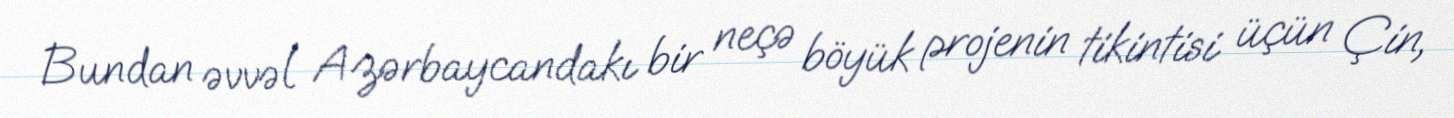
Bundan əvvəl Azərbaycandakı bir neçə böyük projenin tikintisi üçün Çin,